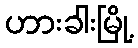
ဟားခါးမြို့